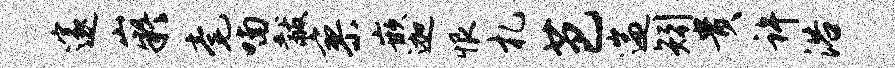
邃嶷毫喃黻寥嵌迦恨札芭遄矧贵许浴